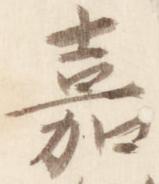
嘉